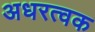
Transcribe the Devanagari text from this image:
अधरत्वक